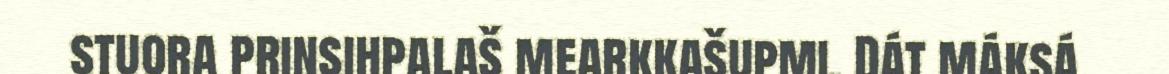
stuora prinsihpalaš mearkkašupmi. Dát máksá